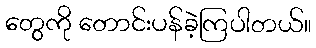
တွေကို တောင်းပန်ခဲ့ကြပါတယ်။